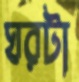
ঘরটা